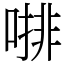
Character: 𠼕